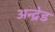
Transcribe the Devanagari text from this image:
अन्द्रेड